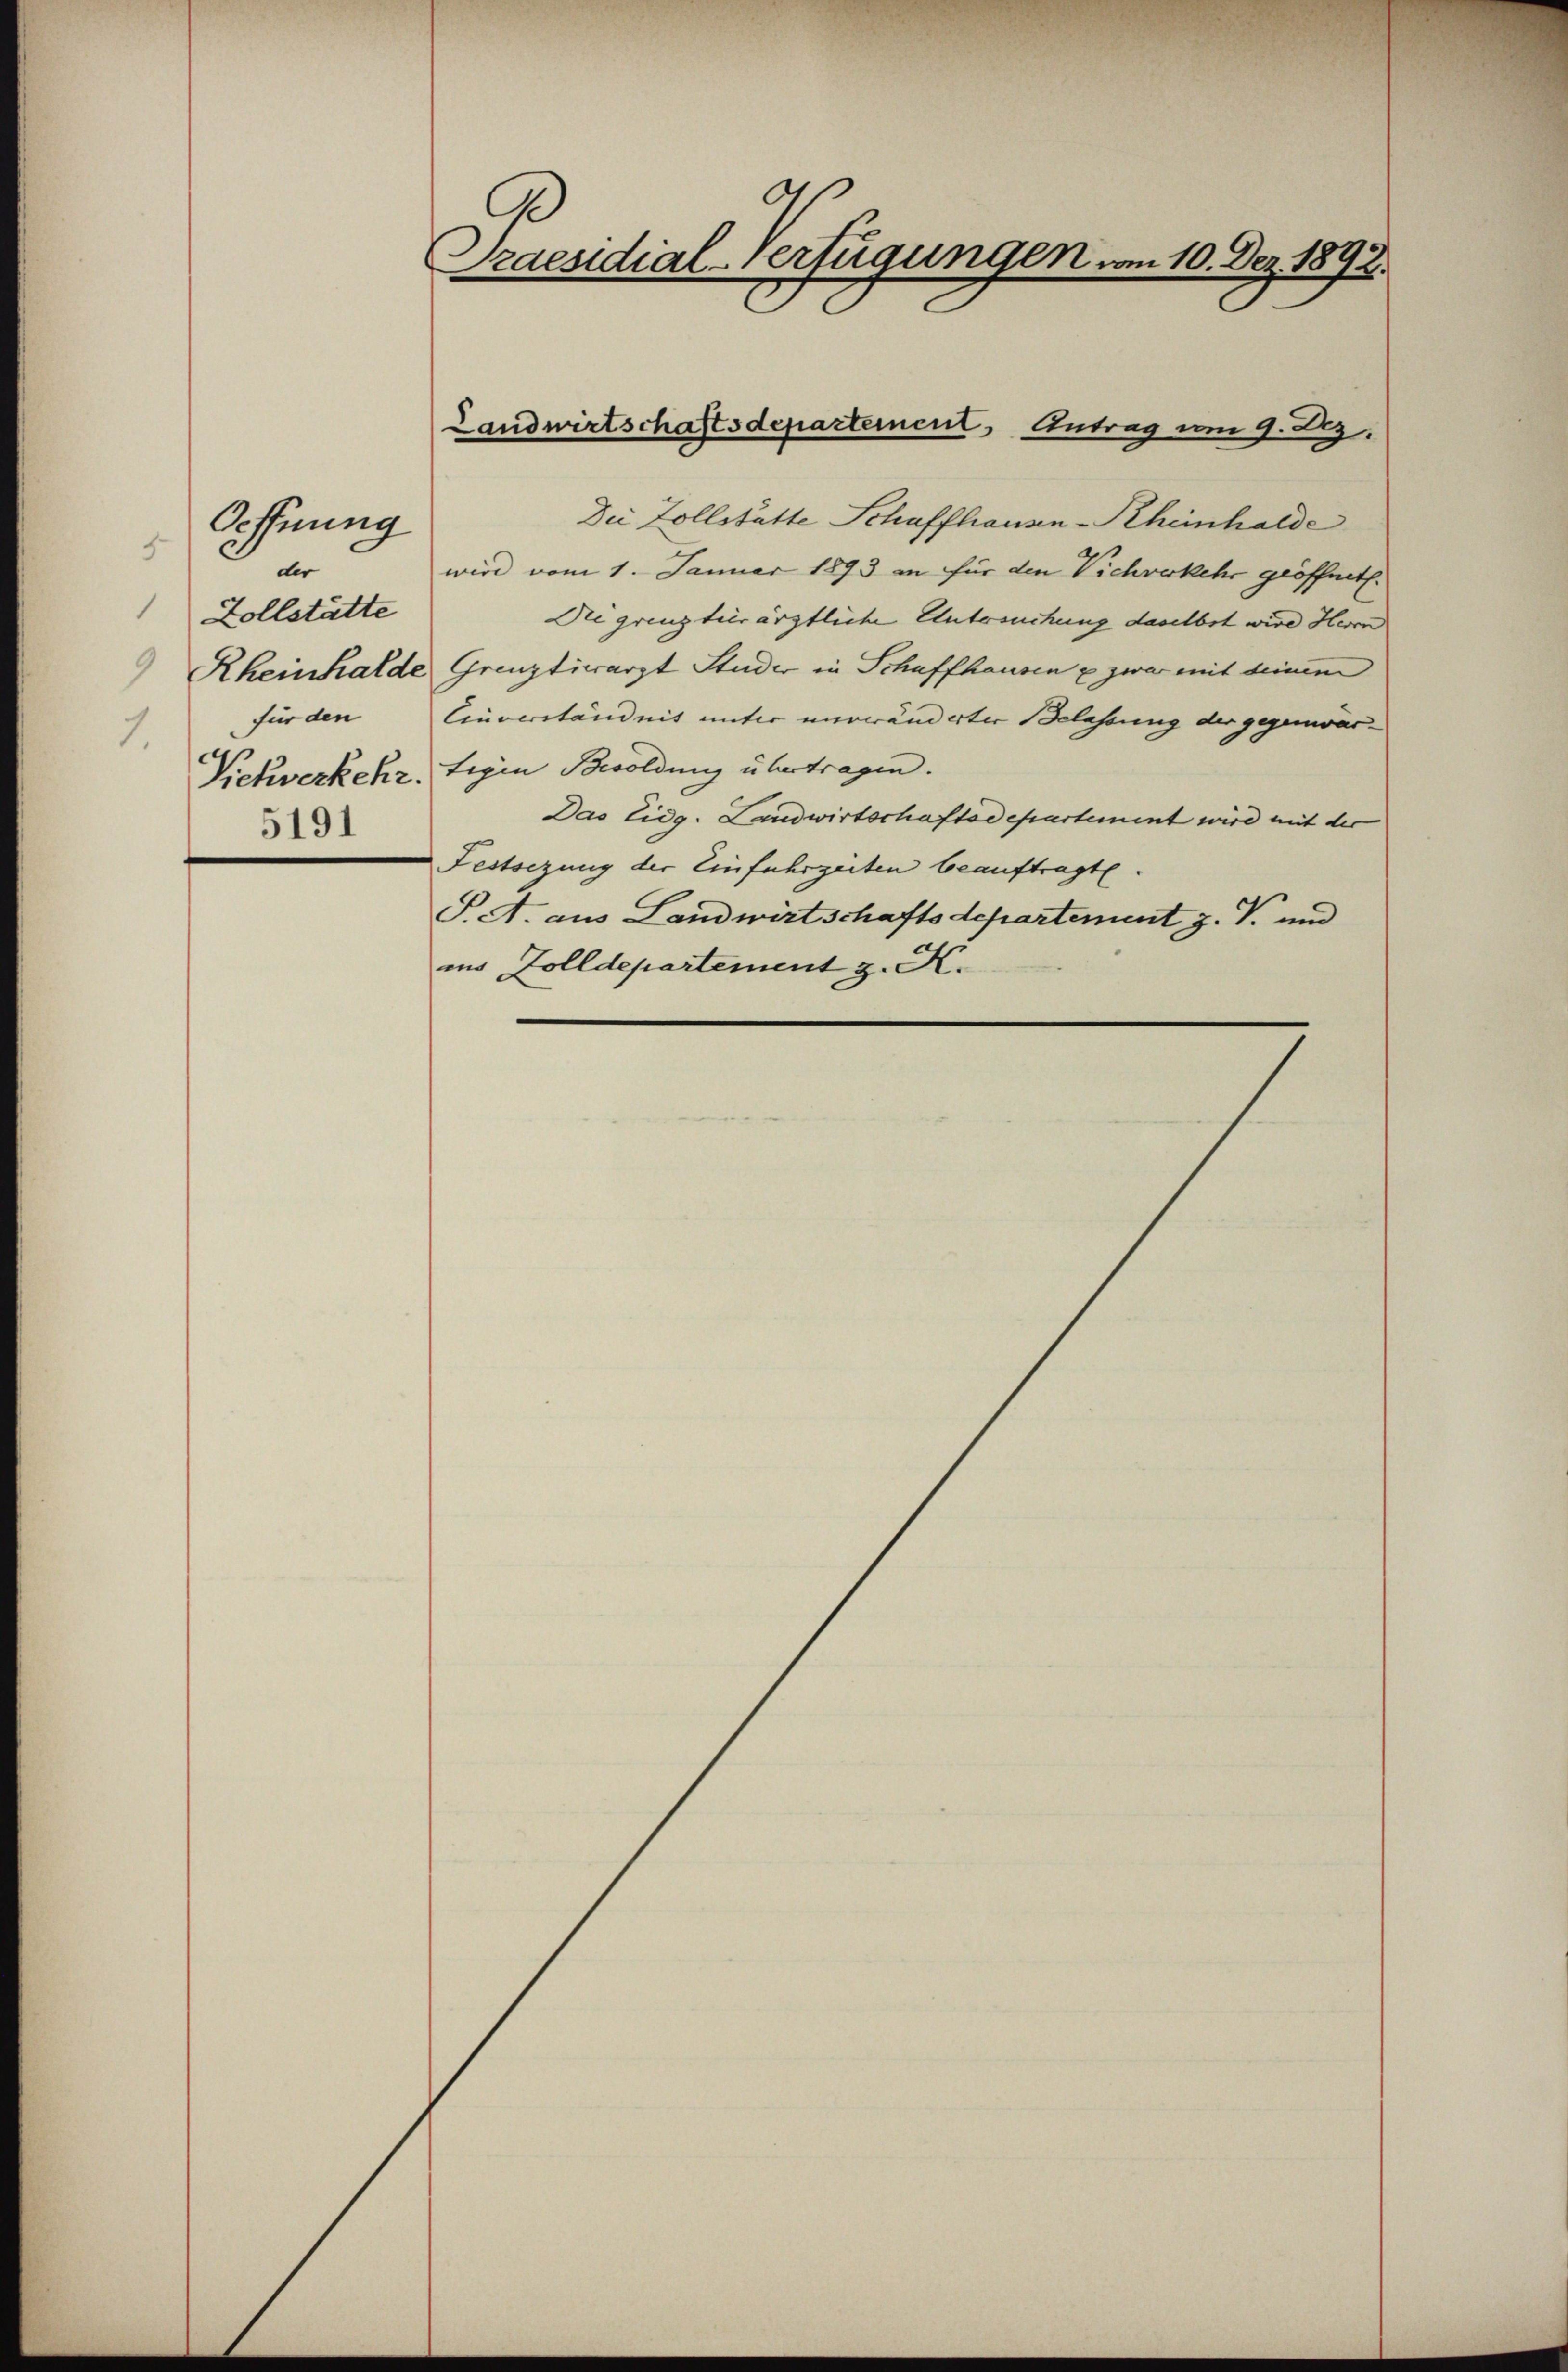
Oeffnung
9
der
Zollstätte
für den
1.
5191

Praesidial-Verfügungen vom 10. Dez. 1892.

Landwirtschaftsdepartement Antrag um 9. 23.

Die Zollstätte Schaffhausen-Rheinhalde
wird vom 1. Januar 1893 in für den Vichverkehr geöffnet.
Regrenztierärztliche Untersuchung daselbst wird Herrn
Rheinhalde Grenztiwarzt Studer in Schaffhausen u zwar mit deinem
Einverständnis unter nurwänderter Belassung der gegenwär-
Pichverkehr, Eigen Bewoldung übertragen.
Das Eidg. Landwirtschaftsdepartement wird mit der
Festsezung der Einfuhrzeiten beauftragte.
S. A. aus Landwirtschaftsdepartement z. V. und
ins Zolldepartement z. K.